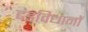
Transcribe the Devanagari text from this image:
दंडविधानों